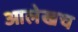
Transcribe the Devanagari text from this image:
आलेखच